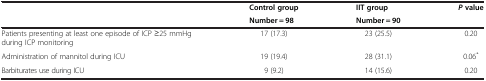
| <ROWSPAN=2>  | Control group | IIT group | <ROWSPAN=2> Pvalue |
 | Number = 98 | Number = 90 |
 | --- | --- | --- | --- |
 | Patients presenting at least one episode of ICP ≥25 mmHg during ICP monitoring | 17 (17.3) | 23 (25.5) | 0.20 |
 | Administration of mannitol during ICU | 19 (19.4) | 28 (31.1) | 0.06* |
 | Barbiturates use during ICU | 9 (9.2) | 14 (15.6) | 0.20 |